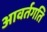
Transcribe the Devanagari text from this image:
आवर्तगति